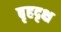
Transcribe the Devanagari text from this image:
बृहदृक्ष